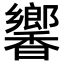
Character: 𬳧